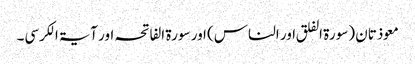
معوذتان (سورۃ الفلق اور الناس) اور سورۃ الفاتحہ اور آیۃ الکرسی۔